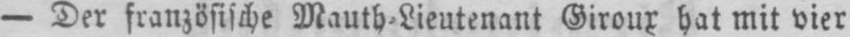
- Der französische Mauth⸗Lieutenant Giroux hat mit vier